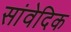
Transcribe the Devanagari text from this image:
सांवेदिक